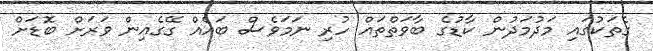
ގެތަކުގައި މަދުމަދުން ކާޑުގެ ބާވަތްތައް ހުރި ނަމަވެސް ބައެއް ގޭގެއިން ވަރަށް ބޮޑަށް